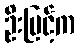
ဦးမြင့်က